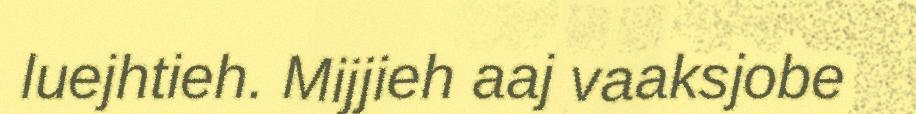
luejhtieh. Mijjieh aaj vaaksjobe